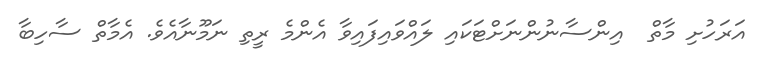
އަރަހުށި މާތް  އިންސާނުންނަށްޓަކައި ލައްވައިފައިވާ އެންމެ ރީތި ނަމޫނާއެވެ. އެމާތް ސާހިބާ